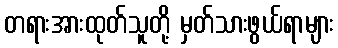
တရားအားထုတ်သူတို့ မှတ်သားဖွယ်ရာများ